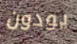
يودون